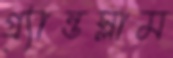
গ্র্যান্ডস্লাম